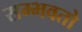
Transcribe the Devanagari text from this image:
सम्भवतो